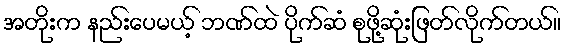
အတိုးက နည်းပေမယ့် ဘဏ်ထဲ ပိုက်ဆံ စုဖို့ဆုံးဖြတ်လိုက်တယ်။